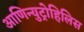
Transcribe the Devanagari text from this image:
आणिन्युट्रोहिलिस